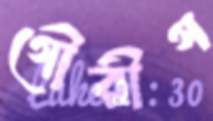
গৌরীগ